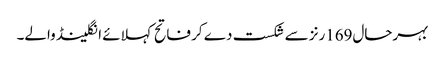
بہرحال169رنز سے شکست دے کر فاتح کہلائے انگلینڈ والے۔